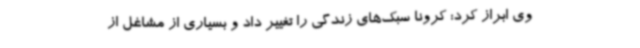
وی ابراز کرد: کرونا سبک‌های زندگی را تغییر داد و بسیاری از مشاغل از